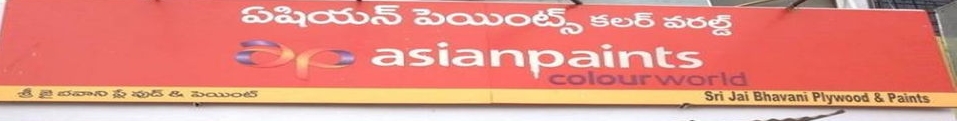
Language: telugu
Transcription: ఫుడ్ ఏషియన్ పెయింట్స్ కలర్ వరల్డ్ శ్రీ బవాని